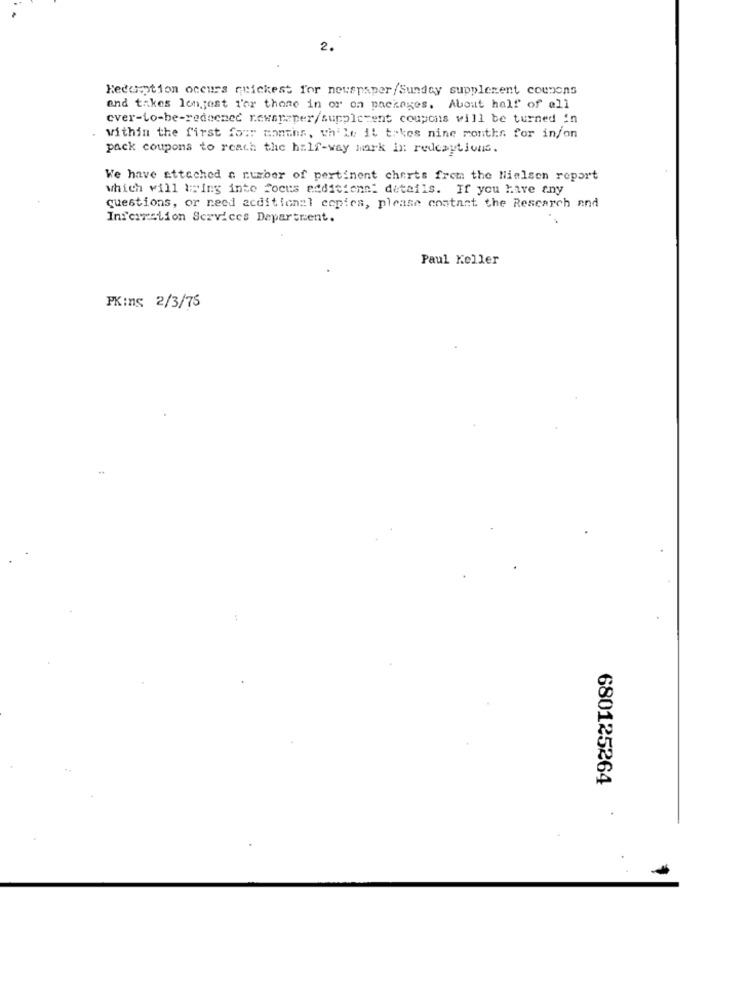
2.
Kedception occurs quickest for newspaper/Sunday supplement coupons
and takes longjest for those in or on packages. About half of all
ever-to-be-redacmed newspaper/supplctent coupons will be turned in
within the first four months, while it takes nine months for in/on
pack coupons to reach the half-way mark in redesytions.
We have attached a number of pertinent cherts from the Nielsen report
which will bring into focus edditionn: details. If you have any
questions, or need acditional copies, please contact the Research and
Information Services Department.
Paul Keller
PKins 2/3/75
680125264